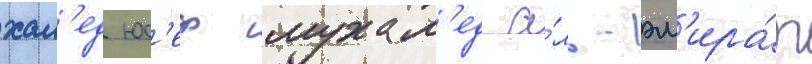
хал'ед юс'еф мухам'ед а́ль-эм'ира́т